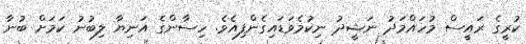
ކުރީގެ ރައީސް މުހައްމަދު ނަޝީދު ނިކުމެވަޑައިގެންފިއެވެ. ހިސާންގެ އަނިޔާ ލިބުނު ކަމަށް ބުނާ